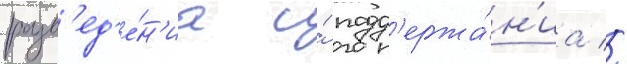
разв'ед'е́н'иа и́ подд'ержа́н'иа //